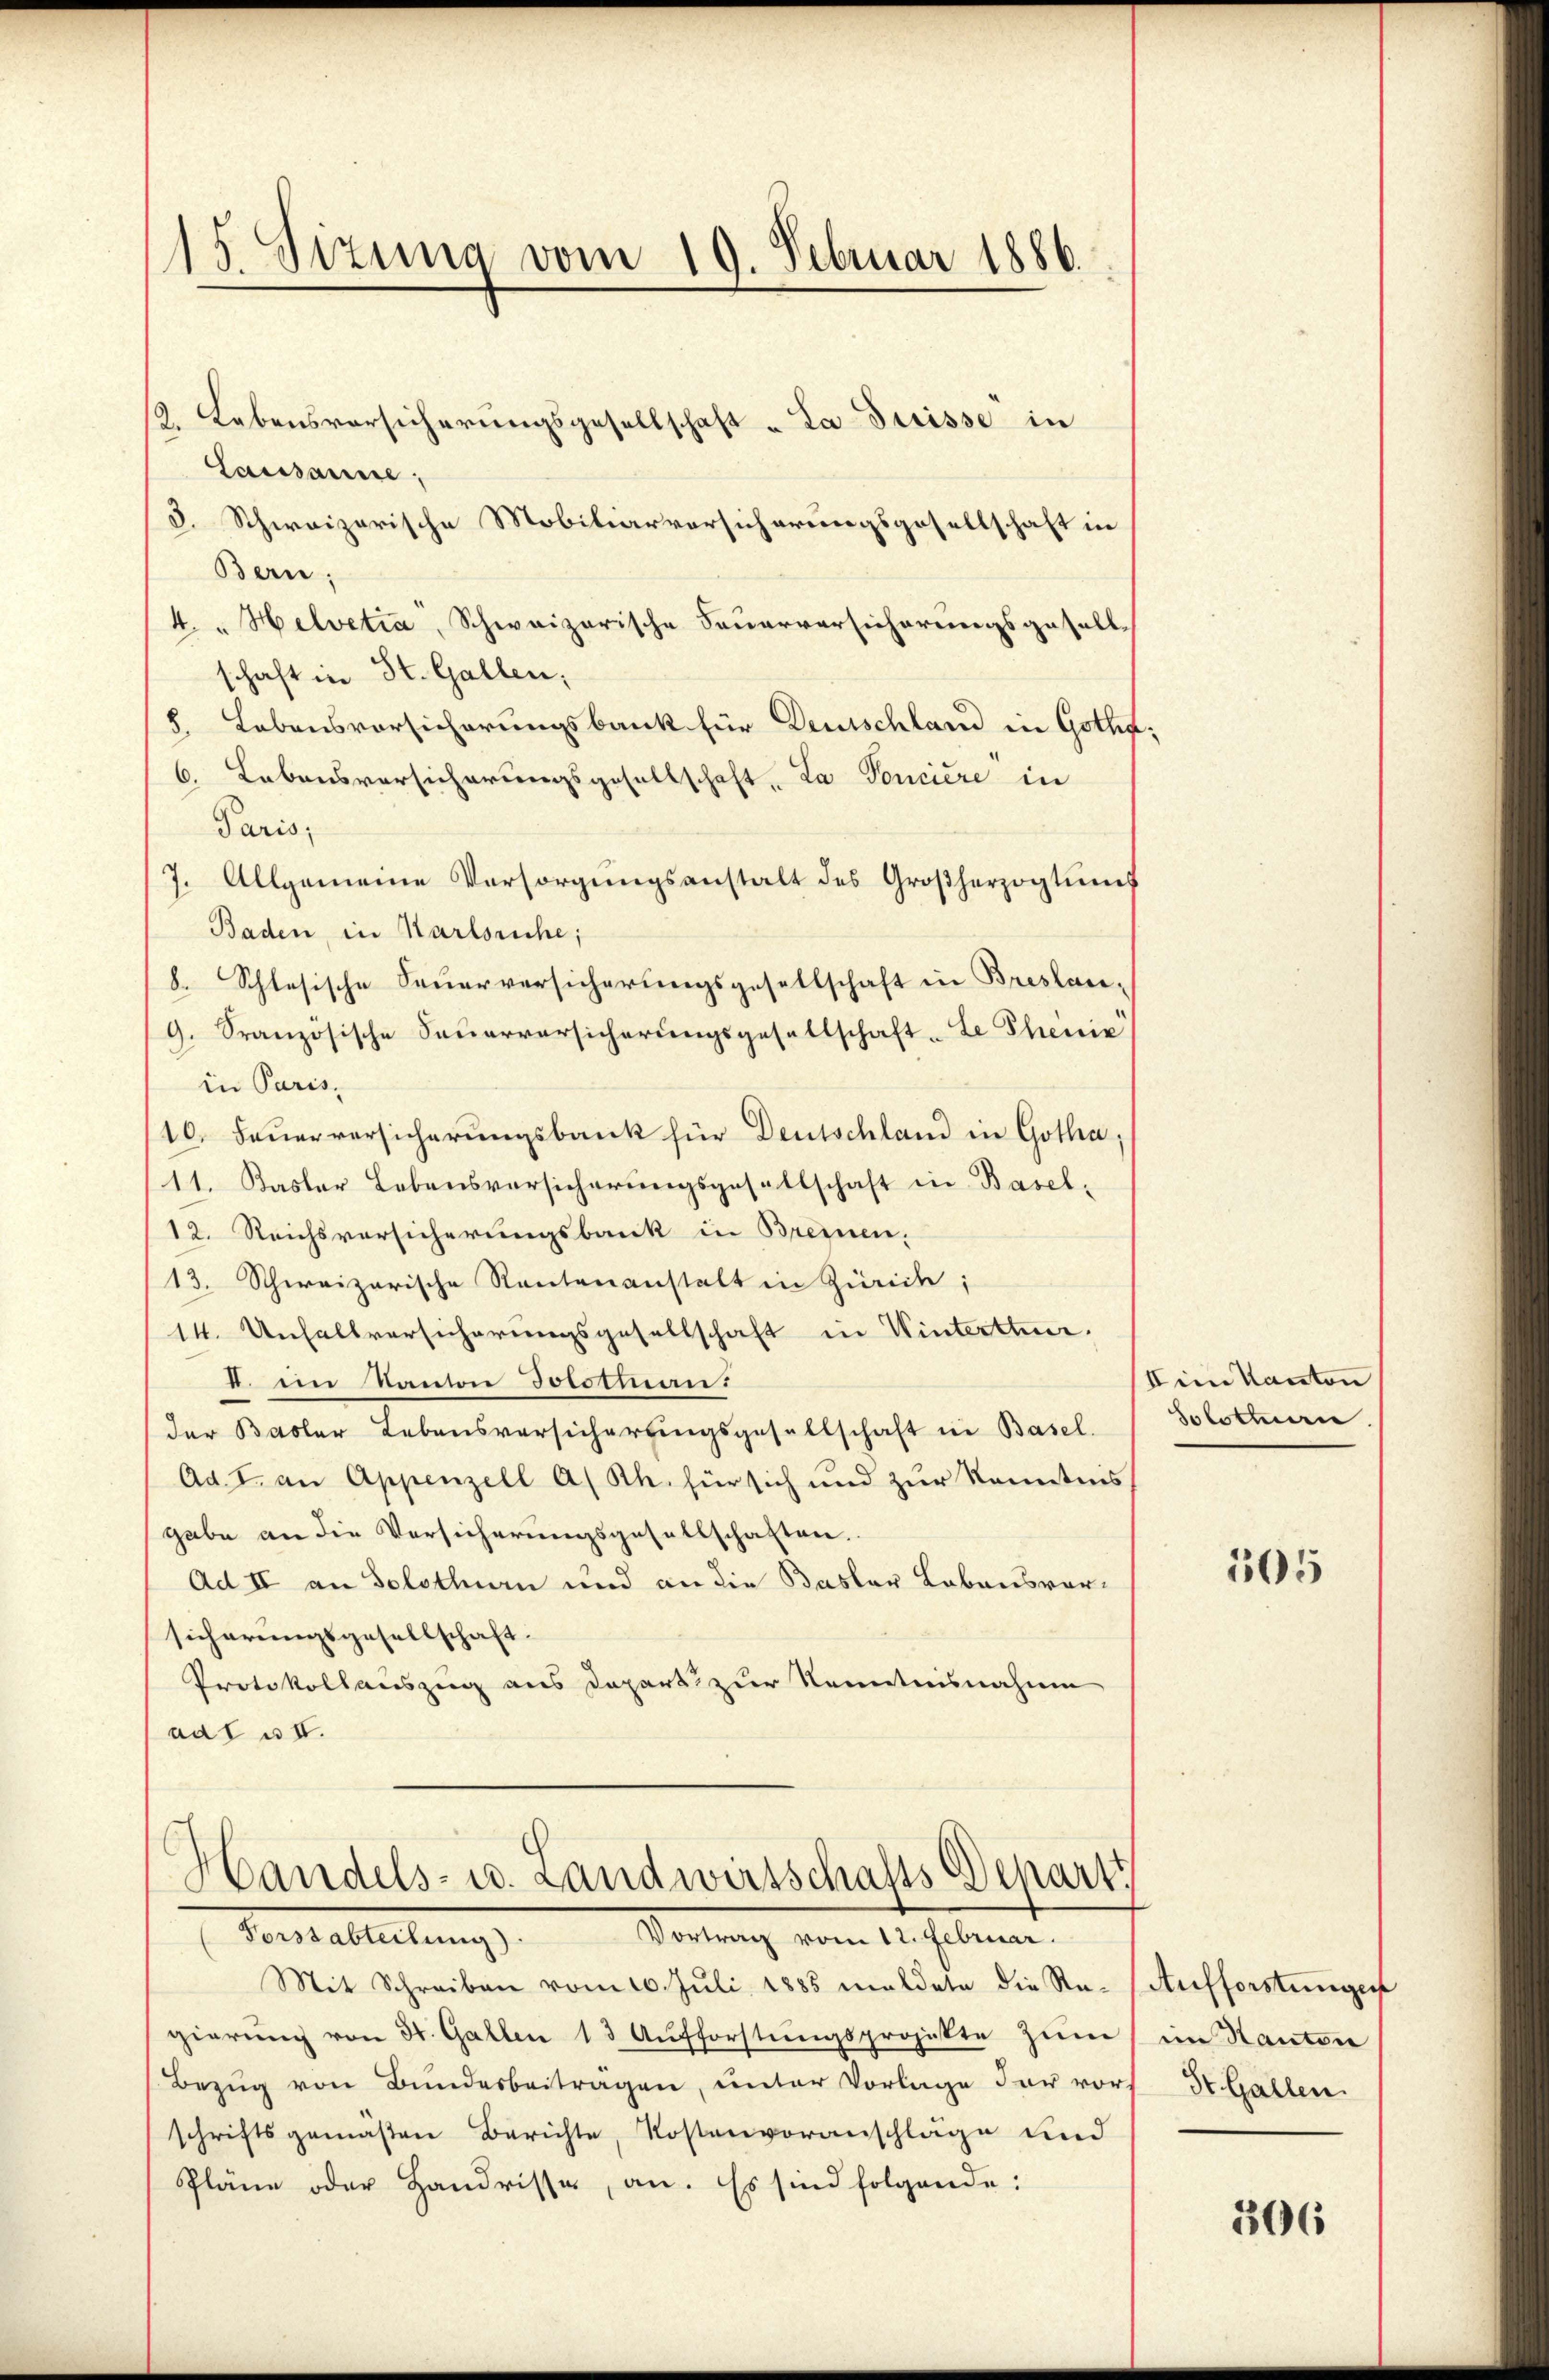
15. Sizung vom 19. Februar 1886.

2. Lebensversicherungsgesellschaft „La Suisse in
Lausanne;
8. Schweizerische Mobiliarversicherungsgesellschaft in
Bern;
4. " Helvetia, Schweizerische Feuerversicherungsgesellschaft in St. Gallen;
8. Lebensvorsicherungsbank für Deutschland in Gothf;
6. Lebensvorsicherungsgesellschaft, La Concière in
Paris;
7. Allgemeine Versorgŭngsanstalt des Großherzogtung
Baden, in Karlsruhe;
8. Schlesische Feuerversicherungsgesellschaft in Breslan¬
9. Französische Feuerversicherungsgesellschaft-Le Phenie
in Paris,
10. Feŭerversicherŭngsbank für Deutschland in Gotha,
11. Kasler Lebensversicherungsgesellschaft in Basel-
12. Reichsvorsicherungsbank in Brennen,
13. Schweizerische Rautenanstalt in Zürich;
14. Unfallversicherungsgesellschaft in Winterthur,
I. im Kanton Josothan:
der Basler Lebensversicherungsgesellschaft in Basel.
Ad. I. an Appenzell A/Rh. für sich und zur Kenntnis
gabe an die Versicherungsgesellschaften.
Ad II an Solothurn und an die Basler Lebensvorsicherungsgesellschaft.
Protokollauszug aus Depart zur Kenntnisnahme
adt u. IV.

Mit Schreiben vom 10. Juli 1885 meldete die Re- Aufforstungen
gierŭng von 31. Gallen 13 Aufforstŭngsprojekte zum
Bezug von Bundesbeitragen, unter Vorlage der vorschriftsgemäßen Berichte, Kostenvoranschläge und
Pläne oder Handrisse, an. Es sind folgende:

Handels- u. Landwirtschafts Departi
Vortung vom 15. Feberen.
Tonsableitung

Iine Kanton
Solothurn.

505

im Hauten
St. Gallen.

306